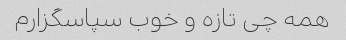
همه چی تازه و خوب سپاسگزارم